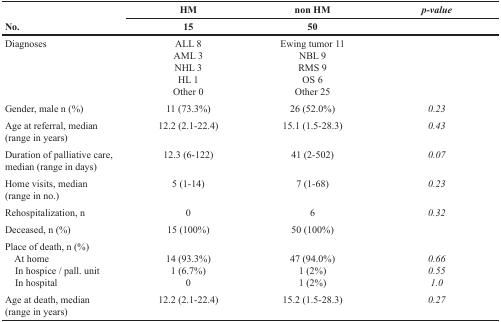
| <ROWSPAN=2> No. | HM | non HM | p-value |
 | 15 | 50 |  |
 | --- | --- | --- | --- |
 | Diagnoses | ALL 8 | Ewing tumor 11 |  |
 |  | AML 3 | NBL 9 |  |
 |  | NHL 3 | RMS 9 |  |
 |  | HL 1 | OS 6 |  |
 |  | Other 0 | Other 25 |  |
 | Gender, male n (%) | 11 (73.3%) | 26 (52.0%) | 0.23 |
 | Age at referral, median(range in years) | 12.2 (2.1-22.4) | 15.1 (1.5-28.3) | 0.43 |
 | Duration of palliative care, median (range in days) | 12.3 (6-122) | 41 (2-502) | 0.07 |
 | Home visits, median(range in no.) | 5 (1-14) | 7 (1-68) | 0.23 |
 | Rehospitalization, n | 0 | 6 | 0.32 |
 | Deceased, n (%) | 15 (100%) | 50 (100%) |  |
 | Place of death, n (%) |  |  |  |
 | At home | 14 (93.3%) | 47 (94.0%) | 0.66 |
 | In hospice / pall. unit | 1 (6.7%) | 1 (2%) | 0.55 |
 | In hospital | 0 | 1 (2%) | 1.0 |
 | Age at death, median(range in years) | 12.2 (2.1-22.4) | 15.2 (1.5-28.3) | 0.27 |